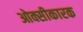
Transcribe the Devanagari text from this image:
ओक्सीकारक